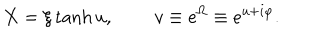
X = \xi \tanh u , \, \qquad v \equiv e ^ { \Omega } \equiv e ^ { u + i \varphi } .